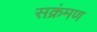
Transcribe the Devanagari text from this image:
सक्रंमण